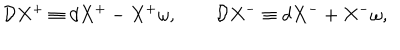
{ \cal D } X ^ { + } \equiv d X ^ { + } - X ^ { + } \omega , \qquad { \cal D } X ^ { - } \equiv d X ^ { - } + X ^ { - } \omega ,